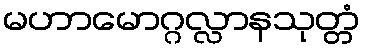
မဟာမောဂ္ဂလ္လာနသုတ္တံ